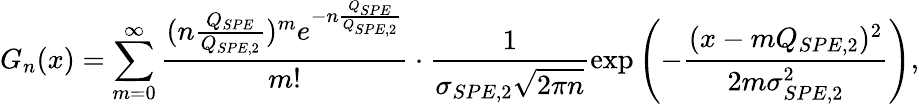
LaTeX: G_{n}(x)=\sum_{m=0}^{\infty}\frac{(n\frac{Q_{SPE}}{Q_{SPE,2}})^{m}e^{-n\frac{Q_{SPE}}{Q_{SPE,2}}}}{m!}\cdot\frac{1}{\sigma_{SPE,2}\sqrt{2\pi n}}\exp{\left(-\frac{(x-mQ_{SPE,2})^{2}}{2m\sigma_{SPE,2}^{2}}\right)},